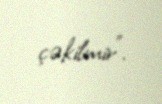
çəkilmir”.